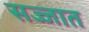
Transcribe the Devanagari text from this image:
सज्जात